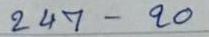
247 - 20